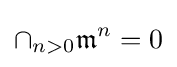
\cap _{n>0}{\mathfrak {m}}^{n}=0